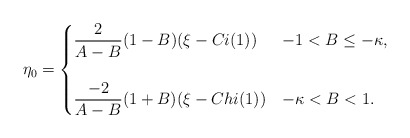
\begin{align*} \eta_{0}& = \begin{cases} \dfrac{2}{A-B}(1-B)(\xi - Ci(1))& -1 < B \leq -\kappa, \\ & \\ \dfrac{-2}{A-B}(1+B)(\xi - Chi(1)) & -\kappa < B < 1. \end{cases}\end{align*}